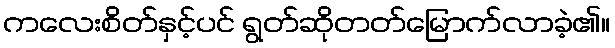
ကလေးစိတ်နှင့်ပင် ရွတ်ဆိုတတ်မြောက်လာခဲ့၏။